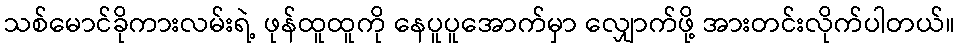
သစ်မောင်ခိုကားလမ်းရဲ့ ဖုန်ထူထူကို နေပူပူအောက်မှာ လျှောက်ဖို့ အားတင်းလိုက်ပါတယ်။